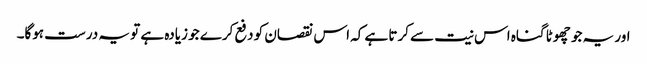
اور یہ جو چھوٹا گناہ اس نیت سے کرتا ہے کہ اس نقصان کو دفع کرے جو زیادہ ہے تو یہ درست ہوگا۔